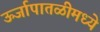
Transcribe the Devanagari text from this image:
ऊर्जापातळीमध्ये